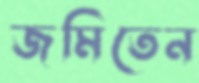
জমিতেন